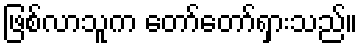
ဖြစ်လာသူက တော်တော်ရှားသည်။